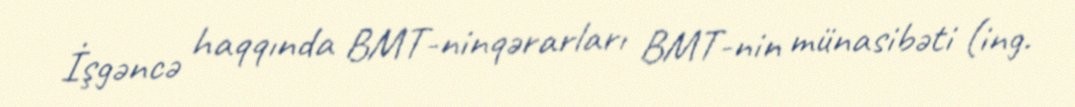
İşgəncə haqqında BMT-ninqərarları BMT-nin münasibəti (ing.